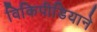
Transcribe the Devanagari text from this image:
विकिपीडियाने